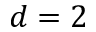
d = 2